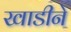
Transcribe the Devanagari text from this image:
खाडीने